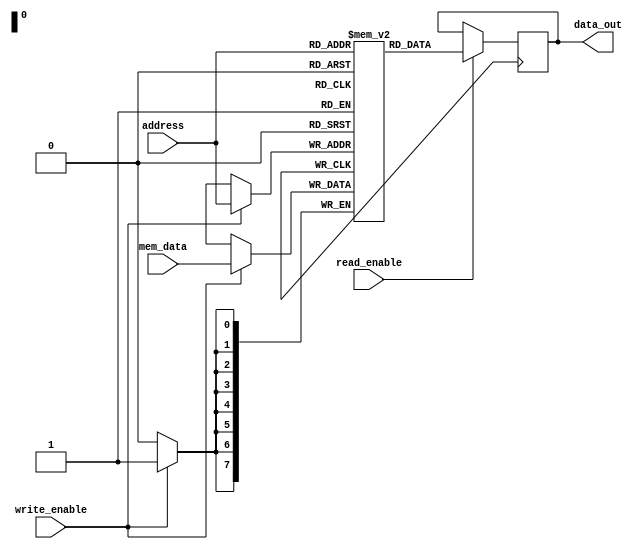
module HBM (
    input wire [7:0] mem_data,
    input wire [7:0] address,
    input wire write_enable,
    input wire read_enable,
    output reg [7:0] data_out
);

reg [7:0] memory [0:255];

always @ (posedge clock) begin
    if (write_enable) begin
        memory[address] <= mem_data;
    end
    if (read_enable) begin
        data_out <= memory[address];
    end
end

endmodule